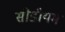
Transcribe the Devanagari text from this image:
सोडीयम